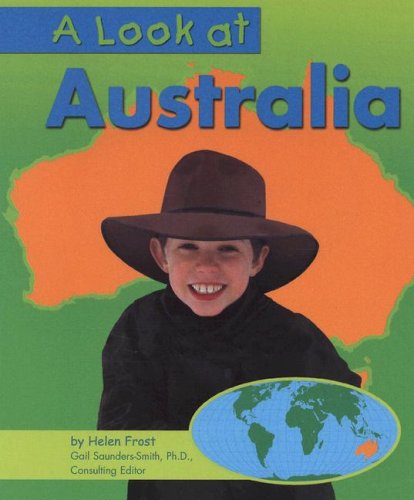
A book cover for A Look at Australia (Our World); Helen Frost; Children's Books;